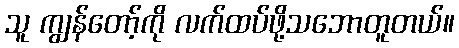
သူ ကျွန်တော့်ကို လက်ထပ်ဖို့သဘောတူတယ်။